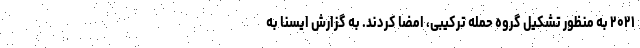
۲۰۲۱ به منظور تشکیل گروه حمله ترکیبی، امضا کردند. به گزارش ایسنا به